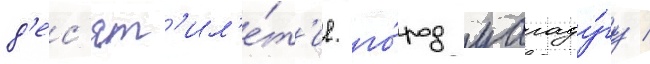
д'ес'ят'ил'е́т'ие. го́род уагаду́гу /